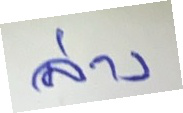
ล่าง